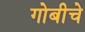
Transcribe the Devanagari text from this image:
गोबीचे